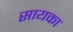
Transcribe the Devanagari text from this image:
सायका